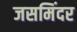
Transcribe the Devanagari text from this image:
जसमिंदर